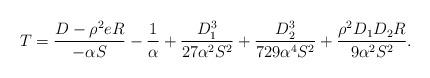
LaTeX: \begin{align*}T = \frac{D-\rho^2 e R}{-\alpha S}-\frac{1}{\alpha}+\frac{D_1^3}{27\alpha^2 S^2}+\frac{D_2^3}{729 \alpha^4 S^2}+\frac{\rho^2 D_1D_2R}{9\alpha^2 S^2}.\end{align*}